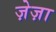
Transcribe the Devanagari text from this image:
ज़ेज़ा